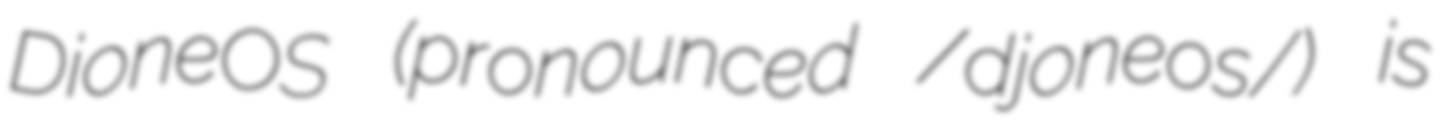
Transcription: DioneOS (pronounced /djoneos/) is